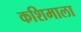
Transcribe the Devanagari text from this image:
कशिमाला